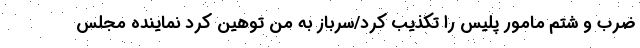
ضرب و شتم مامور پلیس را تکذیب کرد/سرباز به من توهین کرد نماینده مجلس